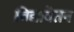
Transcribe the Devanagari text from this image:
विद्यावेतन